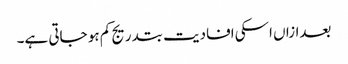
بعدازاں اسکی افادیت بتدریج کم ہو جاتی ہے۔